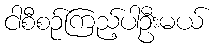
ငါစီစဉ်ကြည့်ပါဦးမယ်